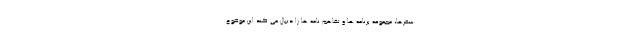
سفرها، مجموعه برنامه ها و تفاهم نامه ها را دنبال می کند این موضوع